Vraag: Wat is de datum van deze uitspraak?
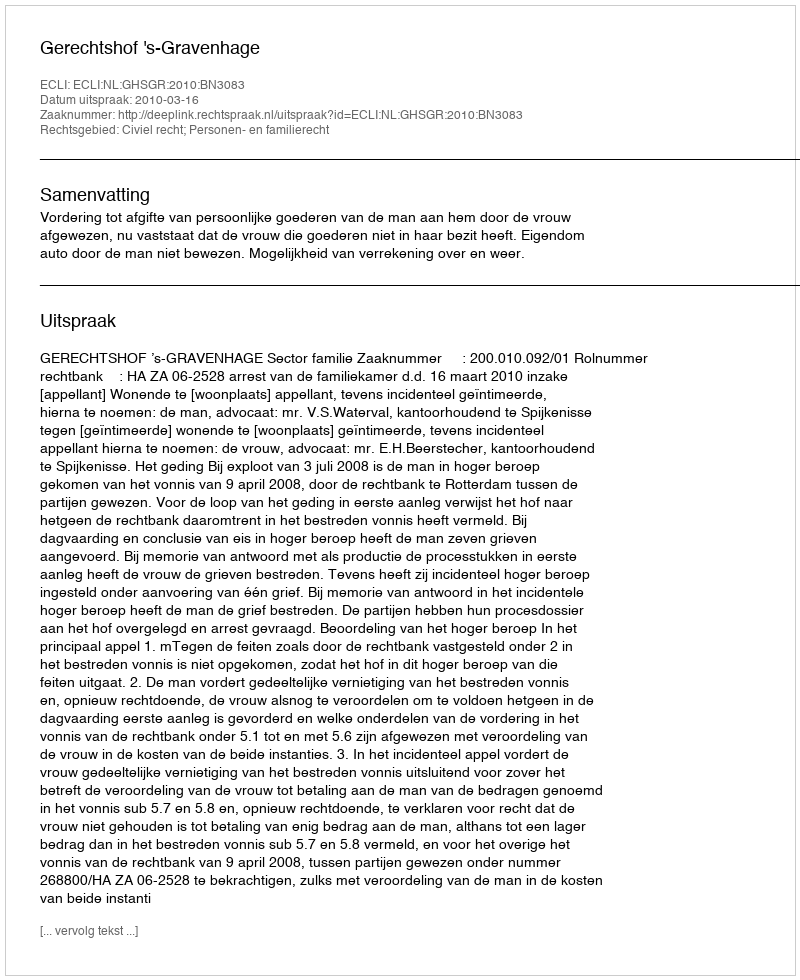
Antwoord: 2010-03-16